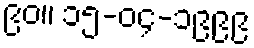
၉၀။ ၁၅-၀၄-၁၉၉၉